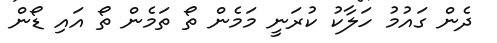
ދެން ގައުމު ހަލާކު ކުރަނީ މަމެން ތޯ ތަމެން ތޯ އައި ޑޯން